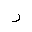
Letter: _ra